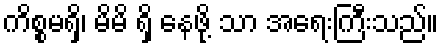
ကိစ္စမရှိ၊ မိမိ ရှိ နေဖို့ သာ အရေးကြီးသည်။